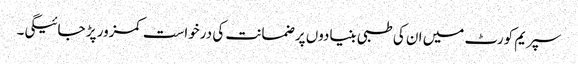
سپریم کورٹ میں ان کی طبی بنیادوں پر ضمانت کی درخواست کمزور پڑ جائیگی۔